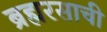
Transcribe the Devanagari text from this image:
ब्रह्मरसाची